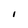
Character: l